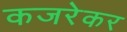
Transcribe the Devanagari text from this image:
कजरेकर